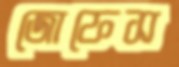
জোফেস